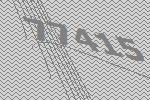
77415